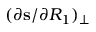
( \partial \mathbf { s } / \partial R _ { 1 } ) _ { \perp }